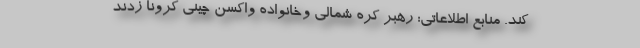
کند. منابع اطلاعاتی: رهبر کره شمالی وخانواده واکسن چینی کرونا زدند